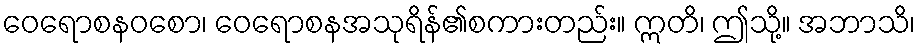
ဝေရောစနဝစော၊ ဝေရောစနအသုရိန်၏စကားတည်း။ ဣတိ၊ ဤသို့။ အဘာသိ၊